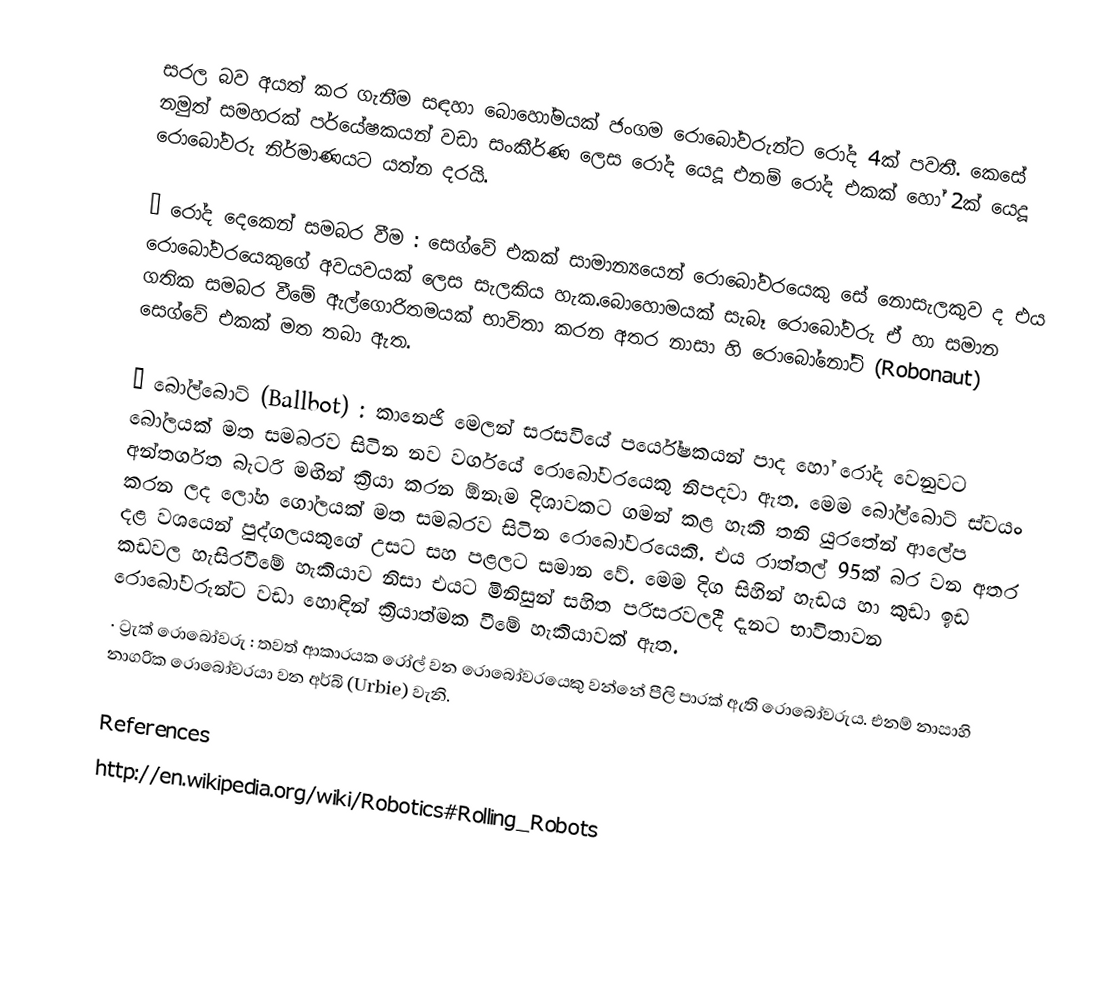
සරල බව අයත් කර ගැනීම සඳහා බොහෝමයක් ජංගම රොබෝවරුන්ට රෝද 4ක් පවතී. කෙසේ නමුත් සමහරක් පර්යේෂකයන් වඩා සංකීර්ණ ලෙස රෝද යෙදූ එනම් රෝද එකක් හෝ 2ක් යෙදූ රොබෝවරු නිර්මාණයට යත්න දරයි.

·	රෝද දෙකෙන් සමබර වීම :  සෙග්වේ එකක් සාමාන්‍යයෙන් රොබෝවරයෙකු සේ නොසැලකුව ද එය රොබෝවරයෙකුගේ අවයවයක් ලෙස සැලකිය හැක.බොහොමයක් සැබෑ රොබෝවරු ඒ හා සමාන ගතික සමබර වීමේ ඇල්ගොරිතමයක් භාවිතා කරන අතර නාසා හි රොබෝනෝට් (Robonaut) සෙග්වේ එකක් මත තබා ඇත.

·	බෝල්බොට් (Ballbot) : 	කානෙජි මෙලන් සරසවියේ පර්යේෂකයන් පාද හෝ රෝද වෙනුවට බෝලයක් මත සමබරව සිටින නව වර්ගයේ රොබෝවරයෙකු නිපදවා ඇත. මෙම බෝල්බොට් ස්වයං අන්තර්ගත බැටරි මඟින් ක්‍රියා කරන ඕනෑම දිශාවකට ගමන් කළ හැකි තනි යුරතේන් ආලේප කරන ලද ලෝහ ගෝලයක් මත සමබරව සිටින රොබෝවරයෙකි. ‍එය රාත්තල් 95ක් බර වන අතර දළ වශයෙන් පුද්ගලයකුගේ උසට සහ පළලට සමාන වේ. මෙම දිග සිහින් හැඩය හා කුඩා ඉඩ කඩවල හැසිරවීමේ හැකියාව නිසා එයට මිනිසුන් සහිත පරිසරවලදී දැනට භාවිතාවන රොබෝවරුන්ට වඩා හොඳින් ක්‍රියාත්මක වීමේ හැකියාවක් ඇත.
·	ට්‍රැක් රොබෝවරු 	:	තවත් ආකාරයක රෝල් වන රොබෝවරයෙකු වන්නේ පීලි පාරක් ඇති රොබෝවරුය. එනම් නාසාහි නාගරික රොබෝවරයා වන අර්බි (Urbie) වැනි.

References
http://en.wikipedia.org/wiki/Robotics#Rolling_Robots